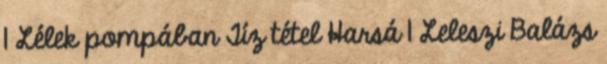
1 Lélek pompában Tíz tétel Harsá 1 Leleszi Balázs